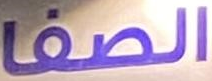
الصفا